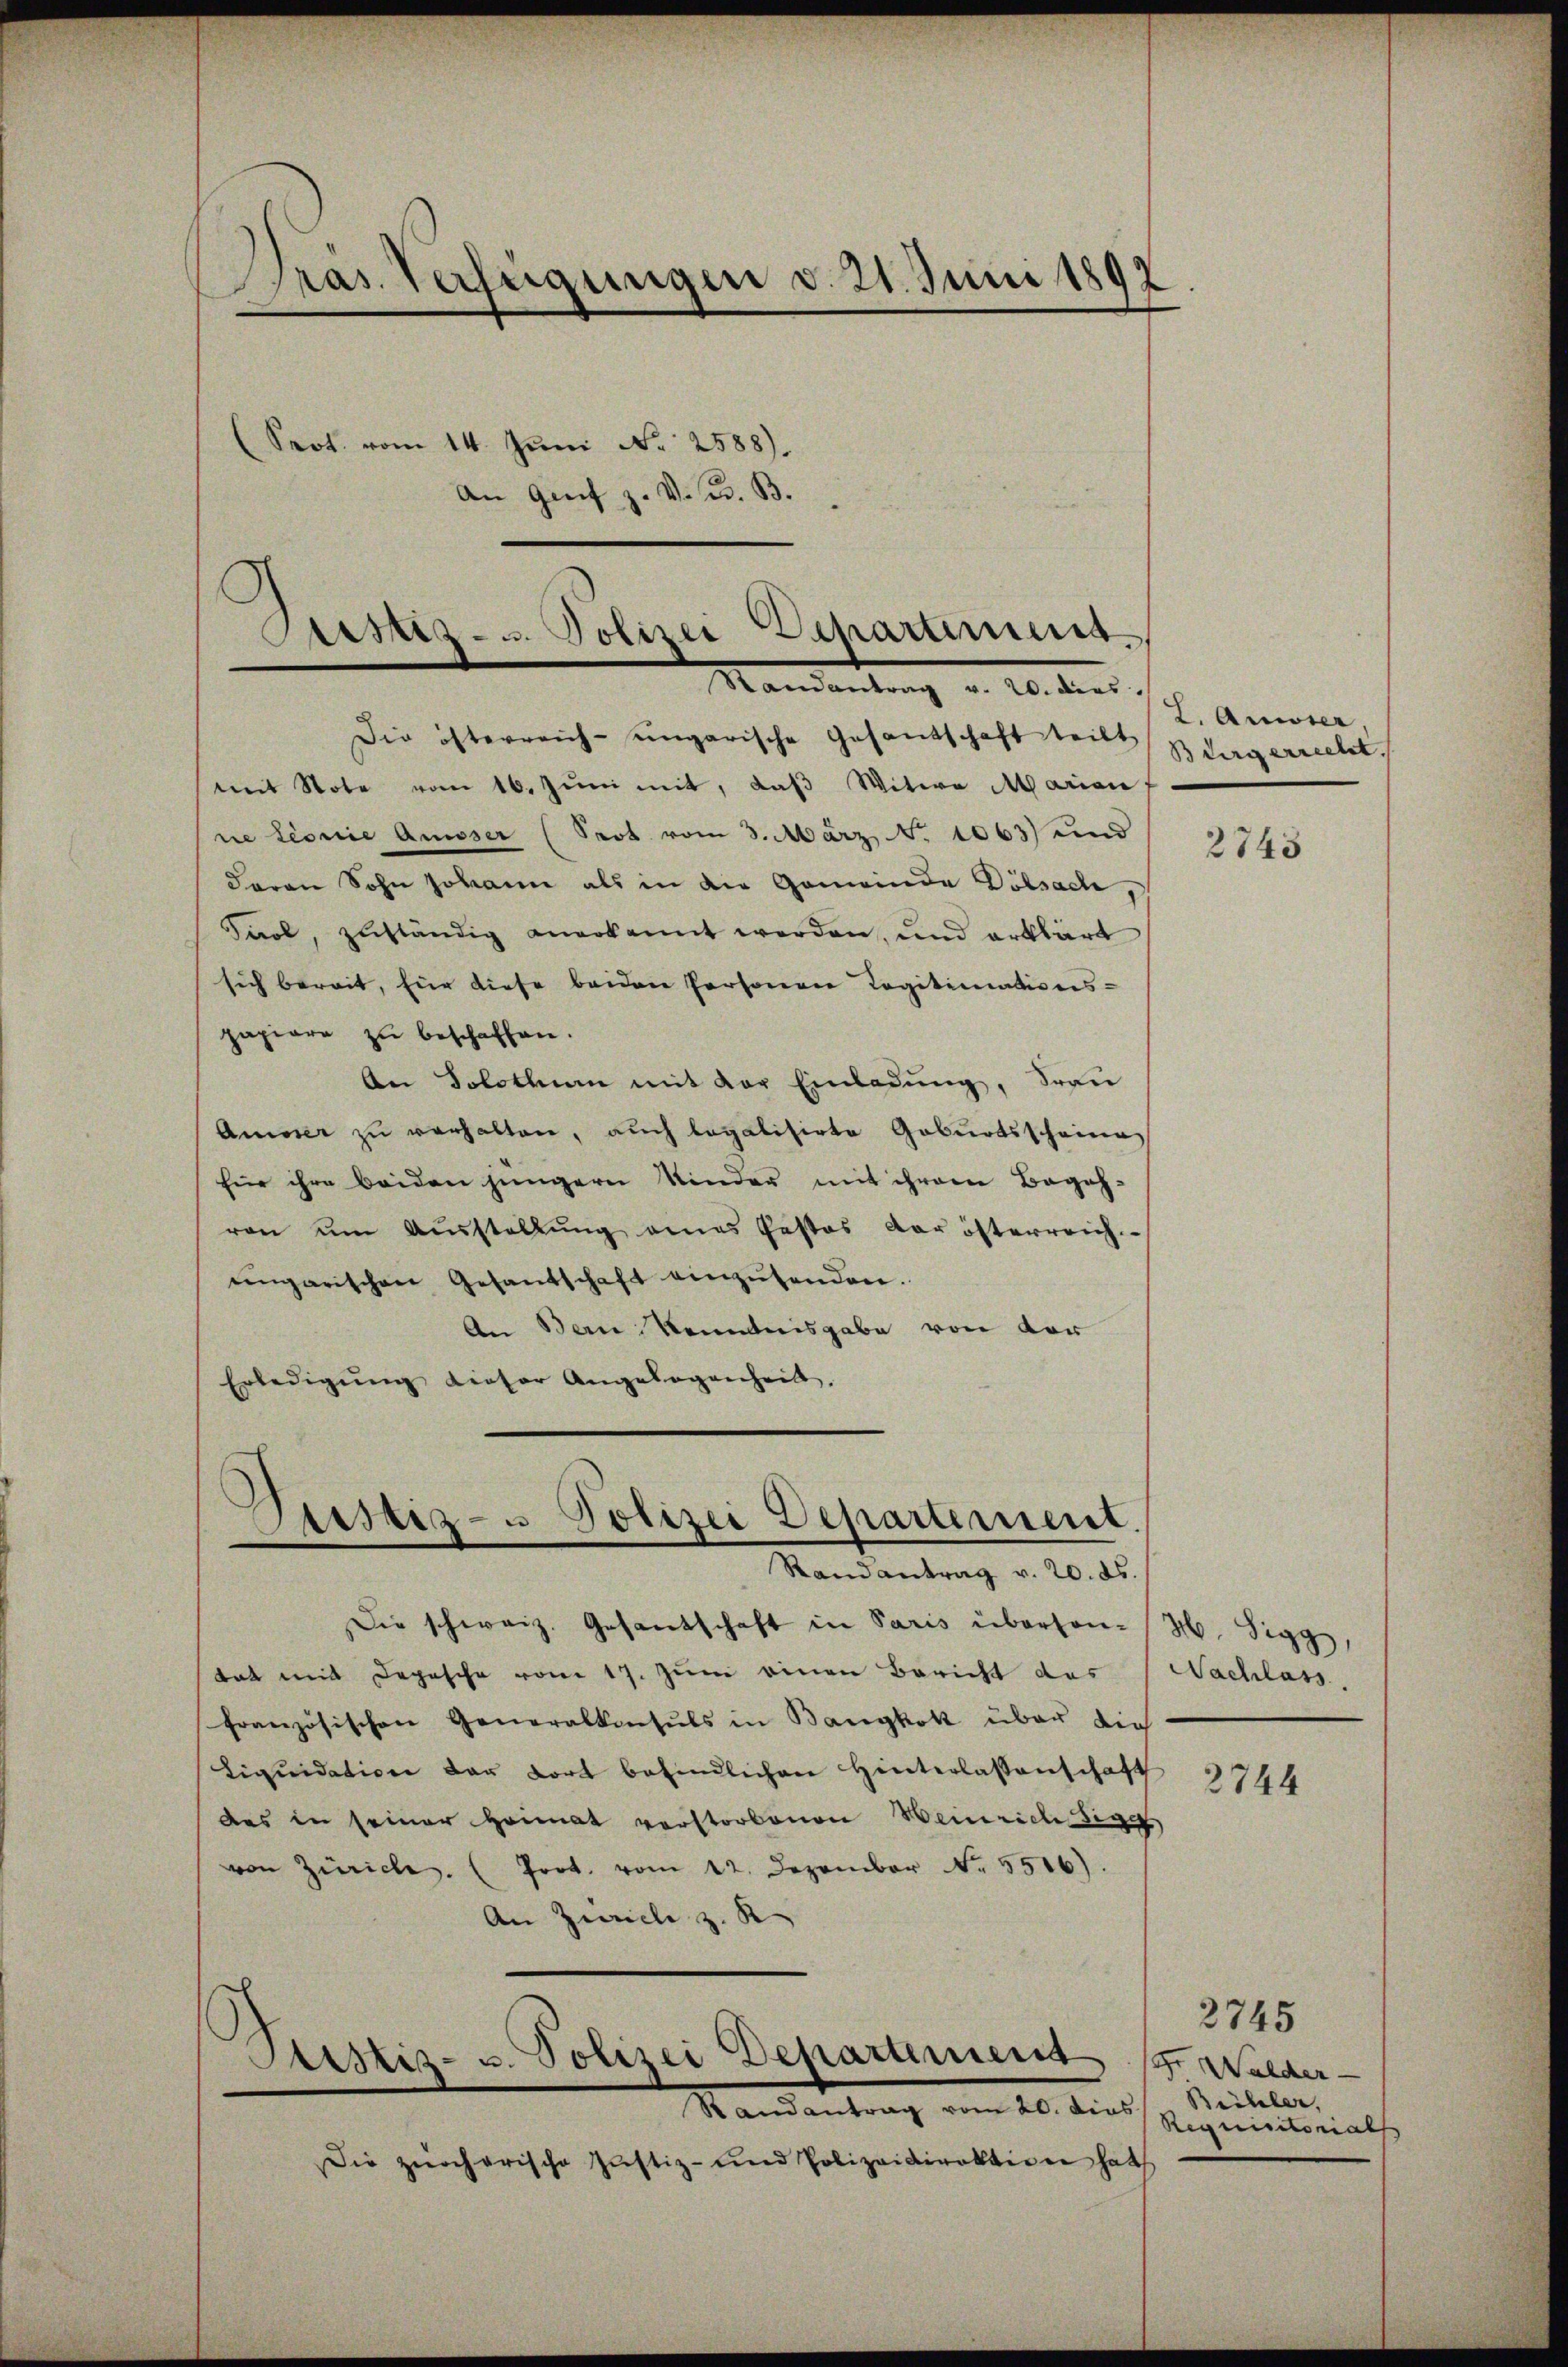
Gras Verfügungen d. 21. Juni 1892

Die österreich-ungarische Gesandschaft teilt dargerrecht.
mit Note vom 16. Jŭni mit, daβ Witwe Marian
ne Linie Ausser (Seot vom 3. März, N. 1063) und
daran Sohn Johann als in die Gemeinde Döbsache,
Paol, zuständig anerkannt werden, und erklärt
sich bereit, für diese beiden Personere Legitimations-
papiere zu beschaffen.
An Solothum mit der Einladŭng, Frau
Auier zu verhalten, auch legalisirte Geburtsscheine
für ihre beiden jüngern Kinder mit ihrem Begeh-
ron ŭm Aŭsstellŭng eines Pestas der österreich
eingarischen Gesandschaft einzŭsenden.
An Bern Kenntnisgabe von der
Erledigŭng dieser Angelegenheit.

Sistiz- u. Polizei Departement
Mandantrag v. 20. dies

Justiz- u Polizei Departement.
Randantrag v. 20. ds.

Ptistiz- u. Polizei Departement

Srot vom 14. Juni No 2588).
An Gei
f z. V. B. B.

Die schweiz. Gesantschaft in Paris überson-
tat mit Depesche vom 17. Juni einen Bericht das
französischen Generalkonsuls in Bangkok über die
Liqŭidation der dort befindlichen Hinterlassenschaft
das in seiner Heimat verstorbenen Weinrichtig
von Zürich. (Prot. vom 12. Dezember No. 5516).
An Zürich z. K

Randantrag vom 20. dies
Die zürcherische Justiz- und Polizeidirektion hat

L. Amiier

2743

M. Sigg,
Nachlass.

2744

2745
ser Walder
Büchler,
Requisitorials